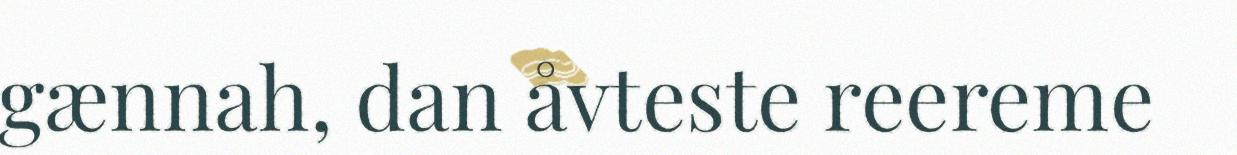
gænnah, dan åvteste reereme